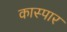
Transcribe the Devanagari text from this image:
कास्पार